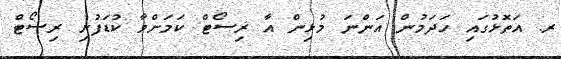
ރ. އަތޮޅުގައި ހަދަމުން އަންނަ މުޅިން އާ ރިސޯޓް ކަމަށްވާ ކުޑަފުށި ރިސޯޓް